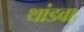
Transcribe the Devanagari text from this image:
थांडवा